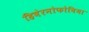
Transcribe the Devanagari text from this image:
हिबेरनोफोबिया